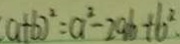
( a + b ) ^ { 2 } = a ^ { 2 } - 2 9 b + b ^ { 2 }